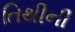
તિથીની